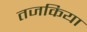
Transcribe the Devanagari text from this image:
तजकिया